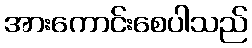
အားကောင်းစေပါသည်